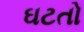
ઘટતો